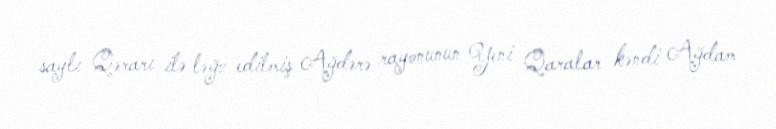
saylı Qərarı ilə ləğv edilmiş Ağdərə rayonunun Yeni Qaralar kəndi Ağdam